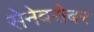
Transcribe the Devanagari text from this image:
सेनेबरोबर